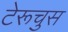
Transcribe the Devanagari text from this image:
टेरूचुस